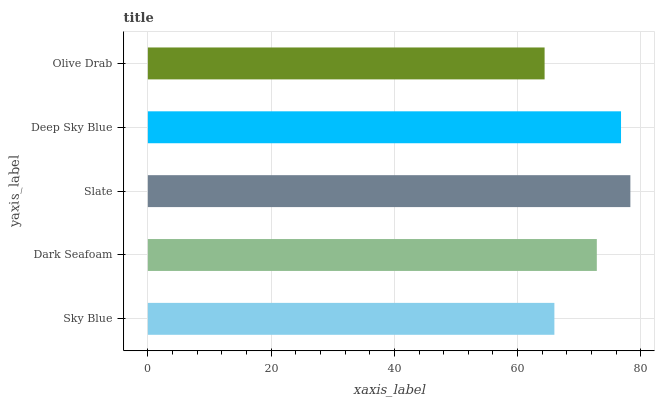
| yaxis_label | bars |
 | --- | --- |
 | Sky Blue | 66 |
 | Dark Seafoam | 72.8 |
 | Slate | 78.3 |
 | Deep Sky Blue | 76.8 |
 | Olive Drab | 64.4 |